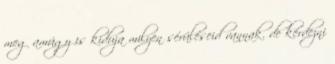
meg amúgy is kiduja milyen sérüléseid vannak. de kérdezni